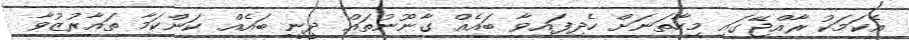
އެކަމަކު ރާއްޖޭގައި މިހާތަނަށް ހެދިފައިވާ ބައެއް ގާނޫނުތައް ދީނީ ބައެއް ކަންކަމާ ތައާރުޒުވާ